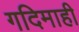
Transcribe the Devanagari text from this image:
गदिमाही